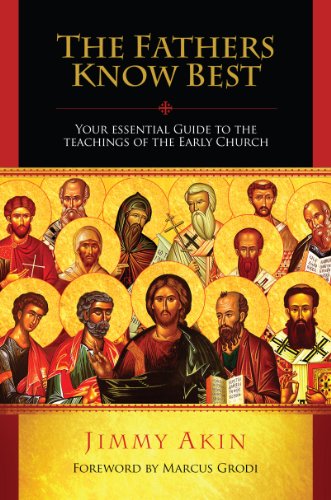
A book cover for The Fathers Know Best - Your Essential Guide to the Teachings of the Early Church; Jimmy Akin; Christian Books & Bibles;